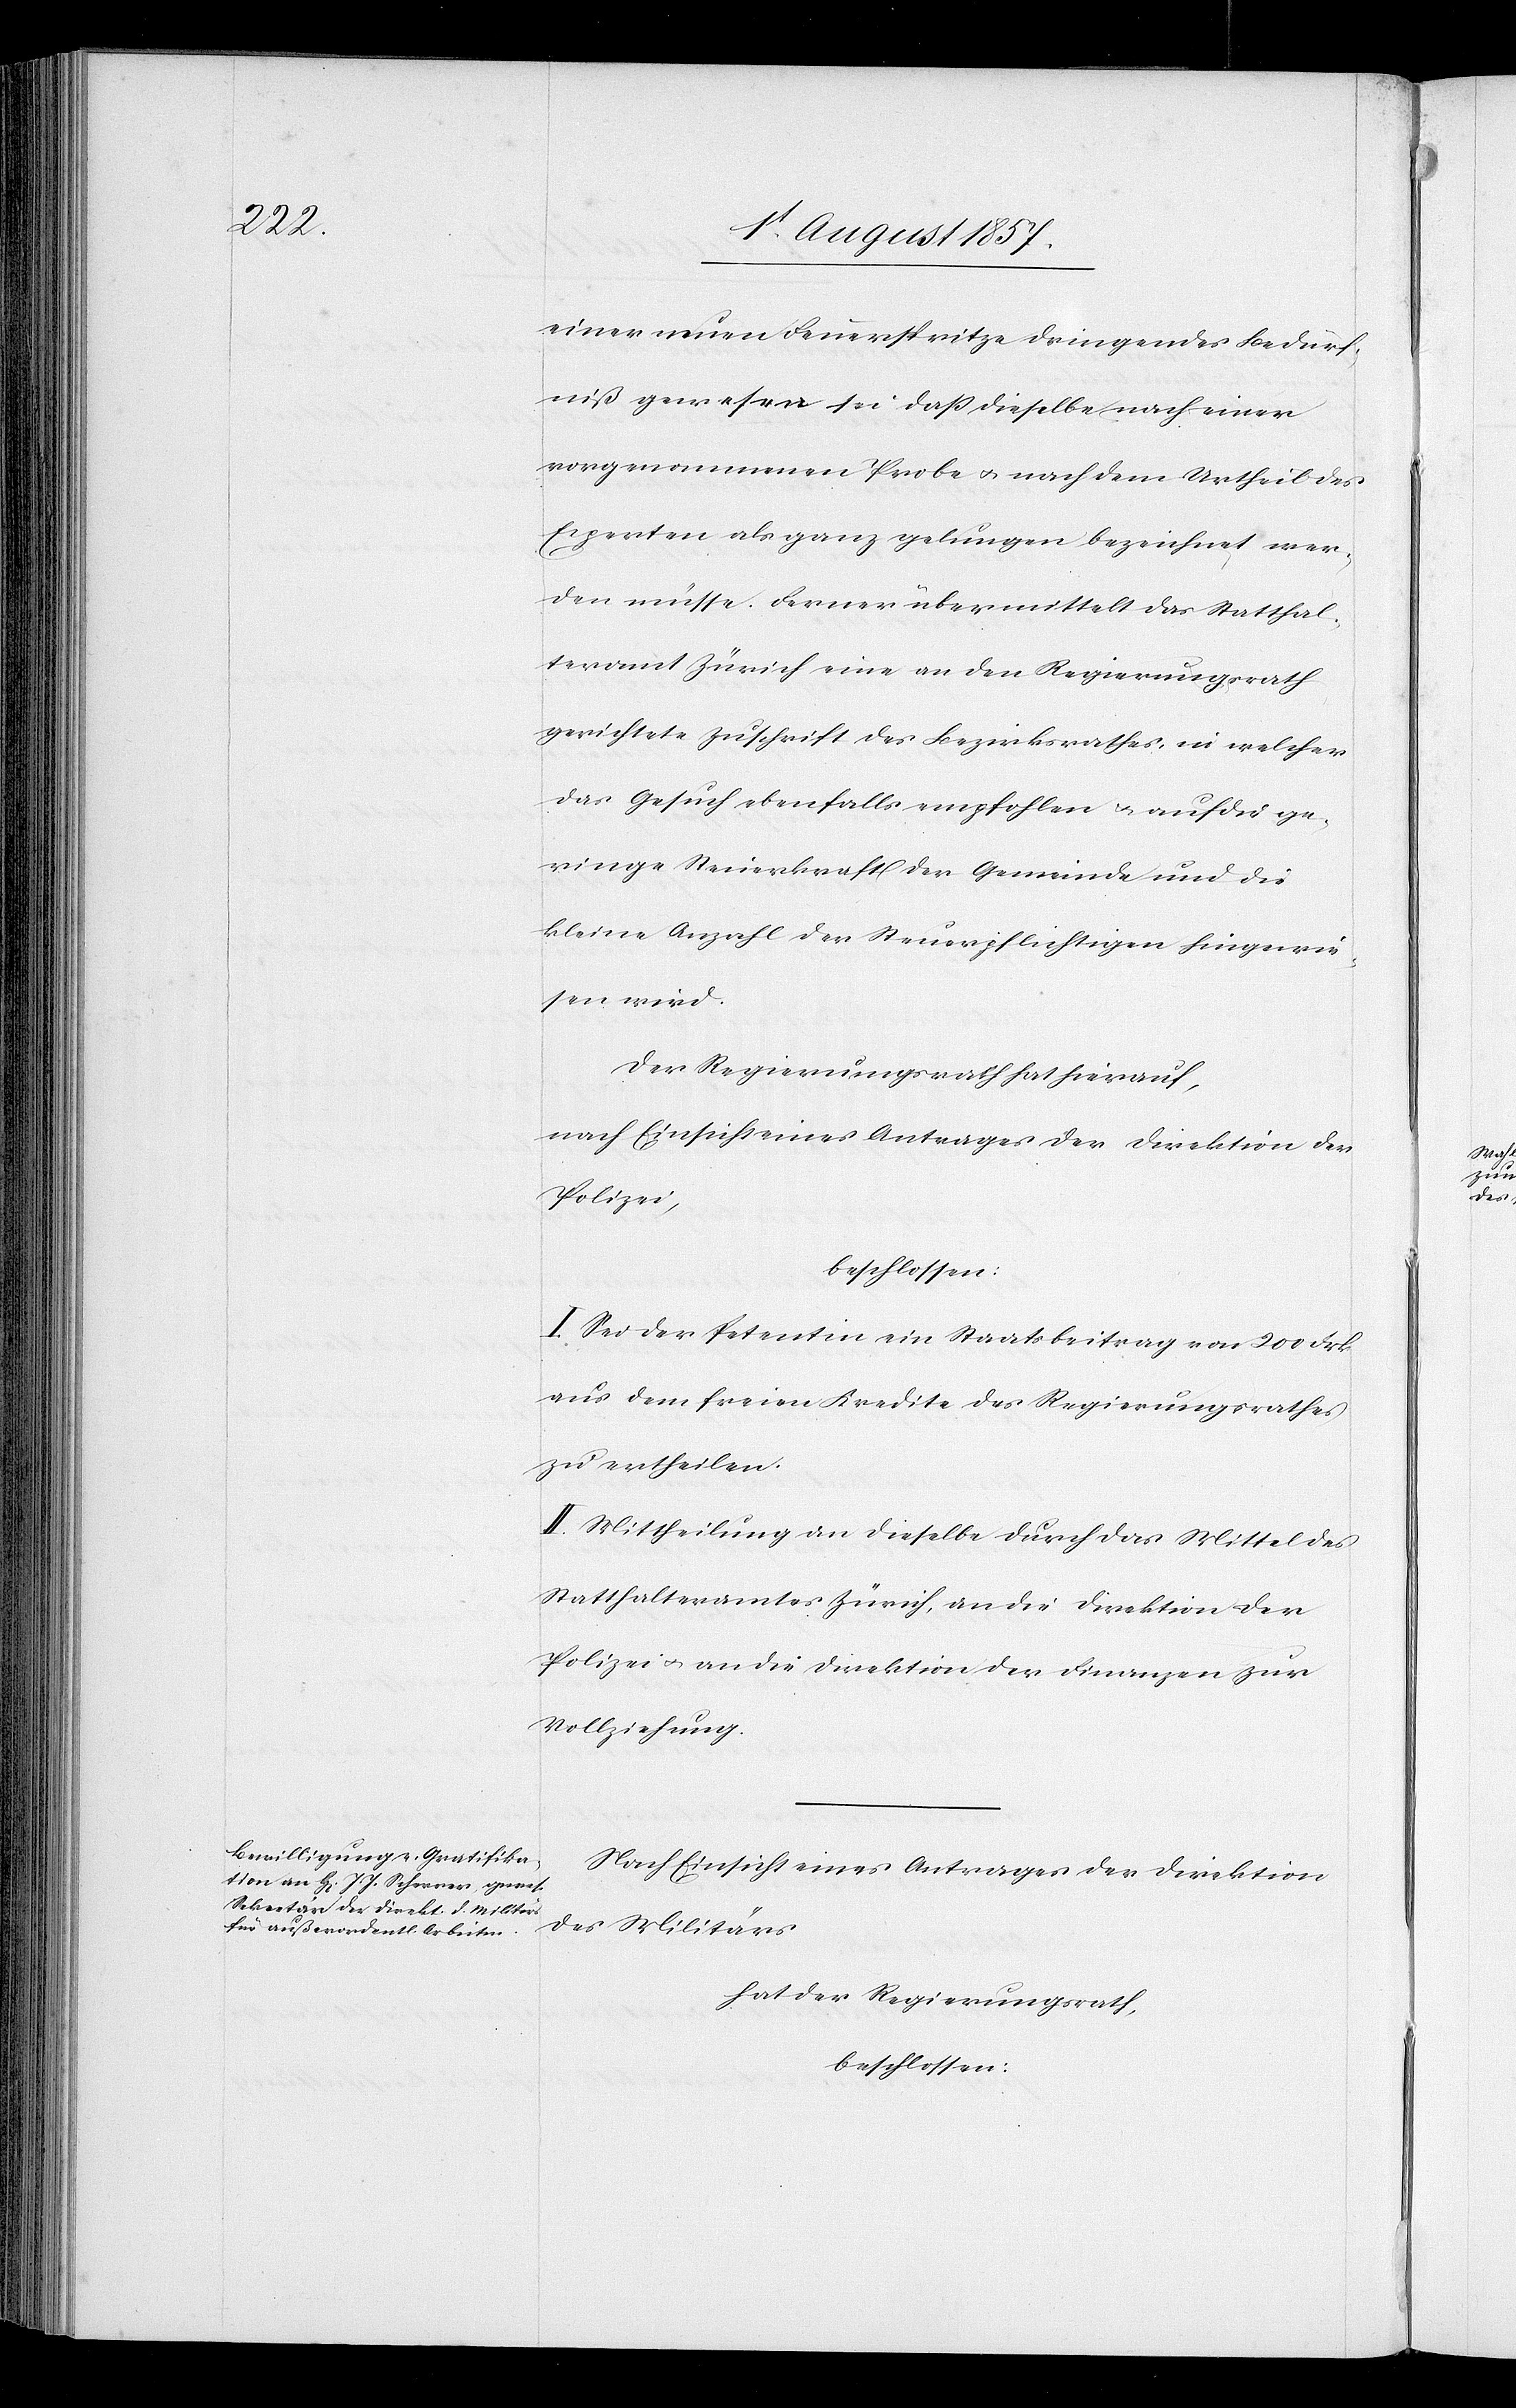
einer neuen Feuerspritze dringendes Bedürf¬
niß gewesen sei, daß dieselbe nach einer
vorgenommenen Probe & nach dem Urtheil des
Experten als ganz gelungen bezeichnet wer¬
den müsse. Ferner übermittelt das Statthal¬
teramt Zürich eine an den Regierungsrath
gerichtete Zuschrift des Bezirksrathes, in welcher
das Gesuch ebenfalls empfohlen & auf die ge¬
ringe Steuerkraft der Gemeinde und die
kleine Anzahl der Steuerpflichtigen hingewie¬
sen wird.
Der Regierungsrath hat hierauf,
nach Einsicht eines Antrages der Direktion der
Polizei,
beschlossen:
I. Sei der Petentin ein Staatsbeitrag von 200 Frk.
aus dem freien Kredite des Regierungsrathes
zu ertheilen.
II. Mittheilung an dieselbe durch das Mittel des
Statthalteramtes Zürich, an die Direktion der
Polizei, & an die Direktion der Finanzen zur
Vollziehung.
Nach Einsicht eines Antrages der Direktion
des Militärs,
hat der Regierungsrath,
beschlossen: